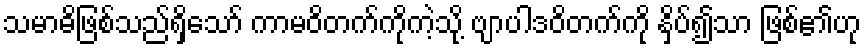
သမာဓိဖြစ်သည်ရှိသော် ကာမဝိတက်ကိုကဲ့သို့ ဗျာပါဒဝိတက်ကို နှိပ်၍သာ ဖြစ်၏ဟု